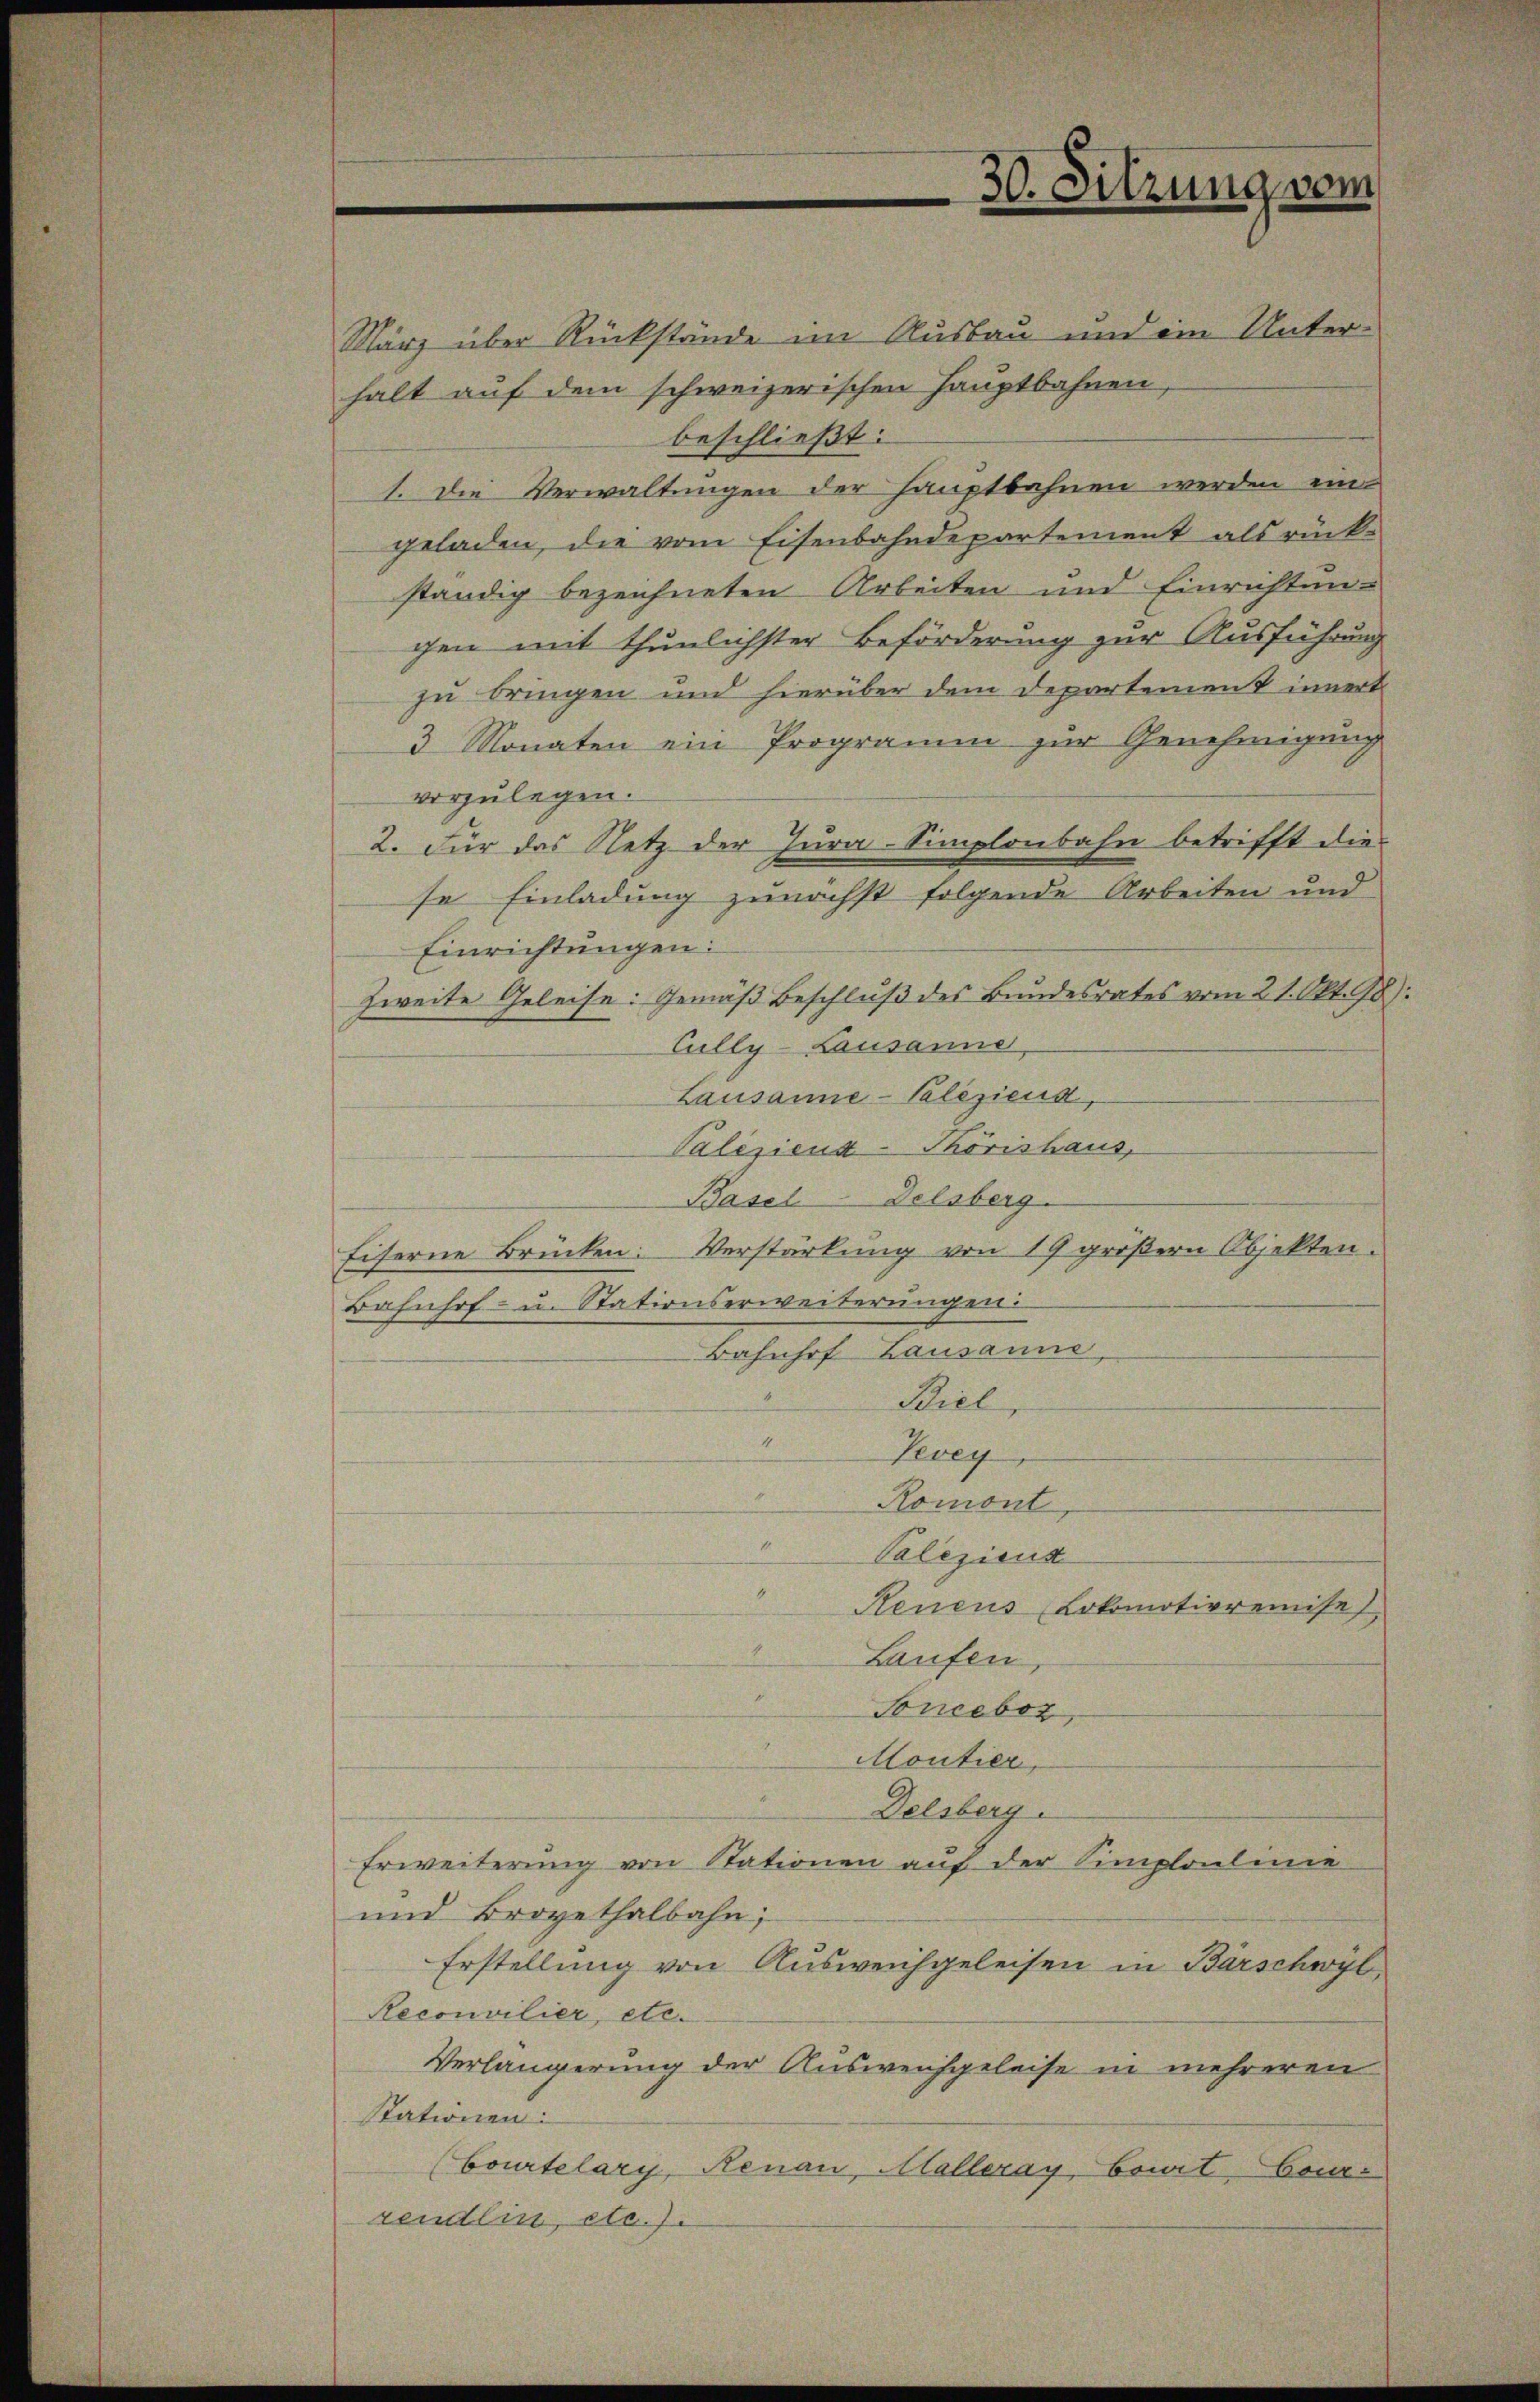
30. Sitzung vom

März über Rückstände im Ausbau und ein Unterhalt auf dem schweizerischen Hauptbahnen,
beschließt:
1. Die Verwaltungen der Hauptbahnen werden ein-
geladen, die vom Eisenbahndepartement als rück-
ständig bezeichneten Arbeiten und Einrichtungen mit thunlichster Beförderung zur Ausführung
zu bringen und hierüber dem Departement innert
3 Monaten ein Programm zur Genehmigung
vorzulegen.
2. Für das Netz der Jura-Simplonbahn betrifft die
se Einladung zunächst folgende Arbeiten und
Einrichtungen:
zweite Geleise: Gemäß Beschluß des Bundesrates vom 21. Okt. 98):
Cully-Lausanne
Lausanne-Poliziens,
Palesiend-Thorishaus,
Basel-Delsberg.
Eiserne Brücken: Verstärkung von 19 größern Objekten.
Bahnhof- u. Stationserweiterungen:
Bahnhof Lausanne
Biel
4
Vevey
Romont
Paliziens
Reneus Lokomotivremise
Laufen,
Sonceboz
Moutier,
Delsberg.
Erweiterung von Stationen auf der Simploulinie
und Brovethalbahn
Erstellung von Ausweichgeleisen in Barschwyl,
Reconvilier, etc.
Verlängerung der Ausweichgeleise in mehreren
Stationen:
(Courtelary, Renau, Malleray, Court Con-
rendlin, etc.)